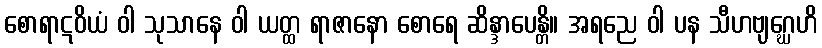
စောရာဋဝိယံ ဝါ သုသာနေ ဝါ ယတ္ထ ရာဇာနော စောရေ ဆိန္ဒာပေန္တိ။ အရညေ ဝါ ပန သီဟဗျဂ္ဃေဟိ